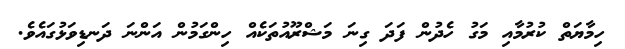
ހިމާޔަތް ކުރުމާއި މަގު ހެދުން ފަދަ ގިނަ މަޝްރޫއުތަކެއް ހިންގަމުން އަންނަ ދަނޑިވަޅުގައެވެ.